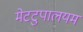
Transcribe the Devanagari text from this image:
मेटटुपालयम